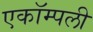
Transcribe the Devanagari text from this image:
एकॉम्पली